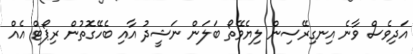
އަދިވެސް ވާނެ އިނގިރޭސިން ލިޔެވޭތޯ ބަލަން ނަޝީދު އާއި ބެހޭގޮތުން ރިޕޯޓް އެއް